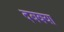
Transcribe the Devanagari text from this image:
दबक्या